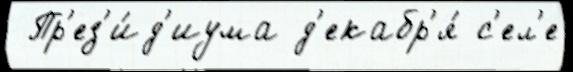
 Пр'ез'и́д'иума д'екабр'я́ с'ел'е